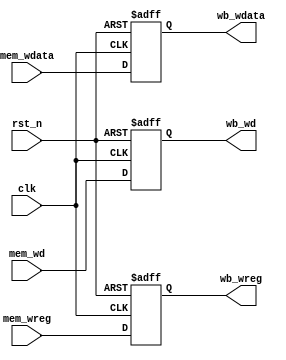
`timescale 1ns / 1ps
//////////////////////////////////////////////////////////////////////////////////
// Company: 
// Engineer: 
// 
// Design Name: 
// Module Name: mem_wb
// Project Name: 
// Target Devices: 
// Tool Versions: 
// Description: 
// 
// Dependencies: 
// 
// Revision:
// Revision 0.01 - File Created
// Additional Comments:
// 
//////////////////////////////////////////////////////////////////////////////////


module mem_wb(
    input                  rst_n,
    input                  clk,
    
    input [4:0]            mem_wd,
    input                  mem_wreg,
    input [31:0]           mem_wdata,

    output reg [4:0]       wb_wd,
    output reg             wb_wreg,
    output reg [31:0]      wb_wdata
    );

always @ (posedge clk or negedge rst_n) begin
    if(~rst_n) begin
        wb_wd <= 0;
        wb_wreg <= 0;
        wb_wdata <= 0;
    end
    else begin
        wb_wd <= mem_wd;
        wb_wreg <= mem_wreg;
        wb_wdata <= mem_wdata;
    end
end
endmodule